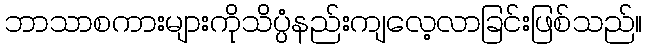
ဘာသာစကားများကိုသိပ္ပံနည်းကျလေ့လာခြင်းဖြစ်သည်။